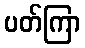
ပတ်ကြာ